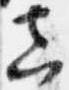
真